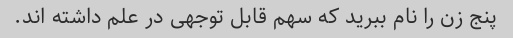
پنج زن را نام ببرید که سهم قابل توجهی در علم داشته اند.